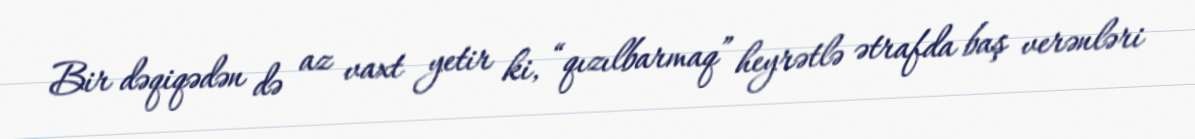
Bir dəqiqədən də az vaxt yetir ki, “qızılbarmaq” heyrətlə ətrafda baş verənləri